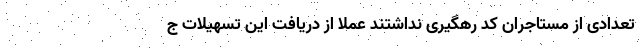
تعدادی از مستاجران کد رهگیری نداشتند عملا از دریافت این تسهیلات ج